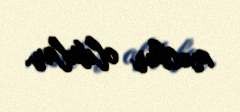
məcbur oldular.